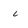
Character: i